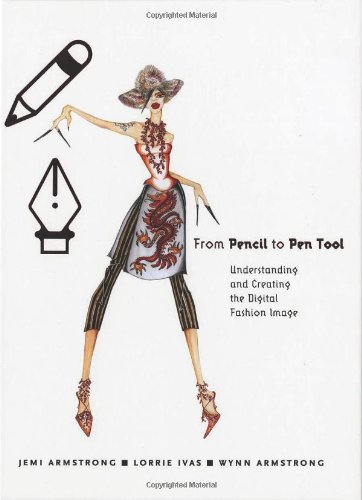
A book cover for From Pencil to Pen Tool: Understanding & Creating the Digital Fashion Image; Wynn Armstrong; Arts & Photography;